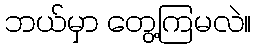
ဘယ်မှာ တွေ့ကြမလဲ။